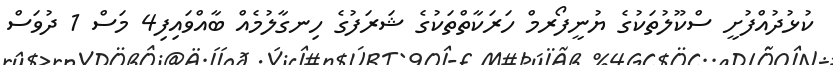
ކުޅުދުއްފުށީ ސްކޫލުތަކުގެ ޔުނީފޯރމް ހަރަކާތްތަކުގެ ޝަރަފުގެ ހިނގާލުމެއް ބާއްވައިފި4 މަސް 1 ދުވަސް